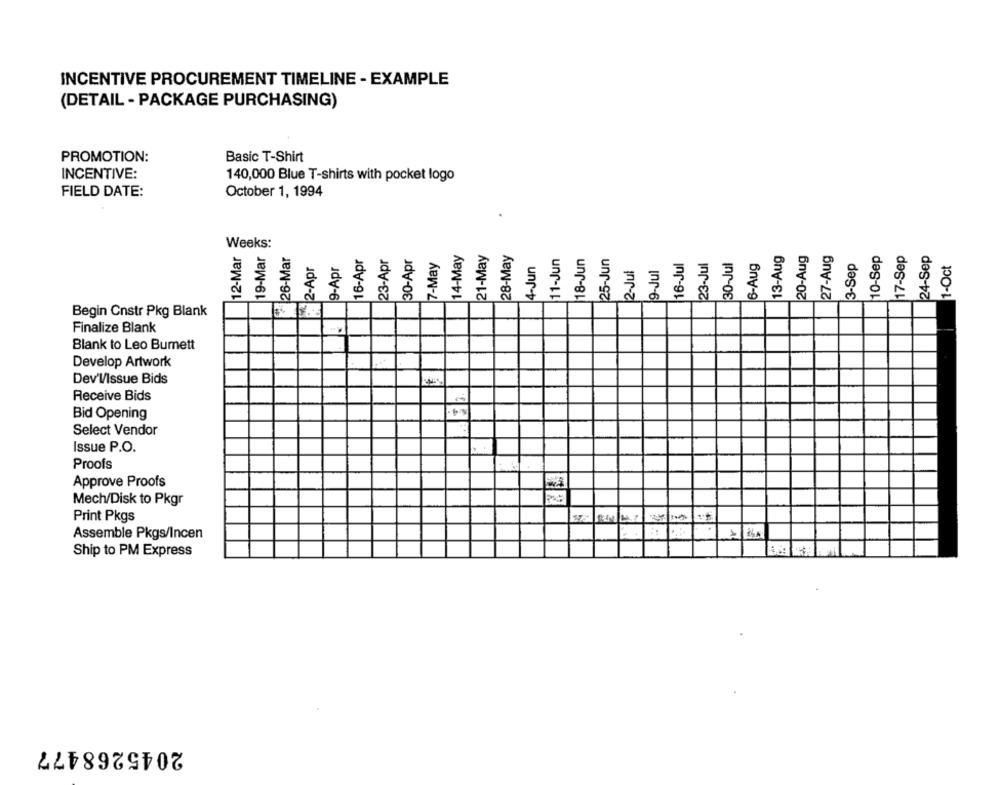
INCENTIVE PROCUREMENT TIMELINE - EXAMPLE
(DETAIL - PACKAGE PURCHASING)
PROMOTION:
Basic T-Shirt
INCENTIVE:
140,000 Blue T-shirts with pocket logo
FIELD DATE:
October 1, 1994
19-Mar
Weeks:
12-Mar
+26-Mar
16-Apr
14-May
21-May
28-May
11-Jun
18-Jun
25-Jun
13-Aug
20-Aug
27-Aug
10-Sep
17-Sep
24-Sep
9-Apr
23-Apr
7-May
30-Jul
6-Aug
3-Sep
1-Oct
2-Apr
9-Jul
2
3
3
3
3
Begin Cnstr Pkg Blank
Finalize Blank
Blank to Leo Burnett
Develop Artwork
Dev'V/Issue Bids
Receive Bids
Bid Opening
Select Vendor
Issue P.O.
Proofs
Approve Proofs
Mech/Disk to Pkgr
Print Pkgs
Assemble Pkgs/Incen
Ship to PM Express
2045268477